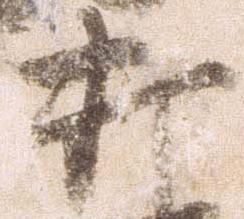
打